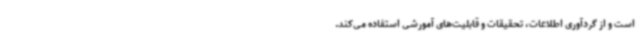
است و از گردآوری اطلاعات، تحقیقات و قابلیت‌های آمورشی استفاده می‌کند.